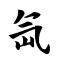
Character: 氙